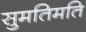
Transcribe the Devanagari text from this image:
सुमतिमति